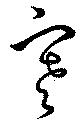
寒